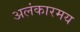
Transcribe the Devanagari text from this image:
अलंकारमय